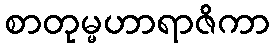
စာတုမ္မဟာရာဇိကာ